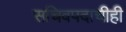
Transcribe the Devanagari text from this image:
सचिवपदाचीही